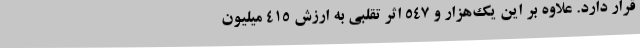
قرار دارد. علاوه بر این یک‌هزار و ۵۴۷ اثر تقلبی به ارزش ۴۱۵ میلیون